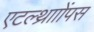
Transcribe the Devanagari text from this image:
एटल्थ्रााोंपस